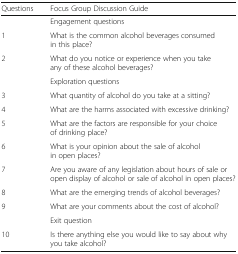
<table><thead><tr><td><b>Questions</b></td><td><b>Focus Group Discussion Guide</b></td></tr></thead><tbody><tr><td></td><td>Engagement questions</td></tr><tr><td>1</td><td>What is the common alcohol beverages consumed in this place?</td></tr><tr><td>2</td><td>What do you notice or experience when you take any of these alcohol beverages?</td></tr><tr><td></td><td>Exploration questions</td></tr><tr><td>3</td><td>What quantity of alcohol do you take at a sitting?</td></tr><tr><td>4</td><td>What are the harms associated with excessive drinking?</td></tr><tr><td>5</td><td>What are the factors are responsible for your choice of drinking place?</td></tr><tr><td>6</td><td>What is your opinion about the sale of alcohol in open places?</td></tr><tr><td>7</td><td>Are you aware of any legislation about hours of sale or open display of alcohol or sale of alcohol in open places?</td></tr><tr><td>8</td><td>What are the emerging trends of alcohol beverages?</td></tr><tr><td>9</td><td>What are your comments about the cost of alcohol?</td></tr><tr><td></td><td>Exit question</td></tr><tr><td>10</td><td>Is there anything else you would like to say about why you take alcohol?</td></tr></tbody></table>